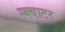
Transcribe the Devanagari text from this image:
स्क्वाटर